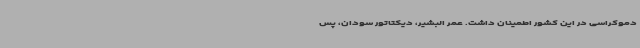
دموکراسی در این کشور اطمینان داشت. عمر البشیر، دیکتاتور سودان، پس